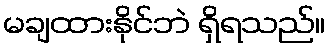
မချထားနိုင်ဘဲ ရှိရသည်။